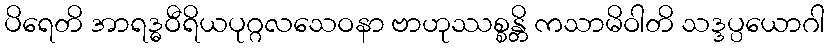
ပိရေတိ အာရဒ္ဓဝီရိယပုဂ္ဂလသေဝနာ ဗာဟုဿစ္စန္တိ ကသာမိဝါတိ သဒ္ဒပ္ပယောဂါ